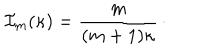
{ \cal I } _ { m } ( \kappa ) = { \frac { m } { ( m + 1 ) \kappa } } \, \cdotp